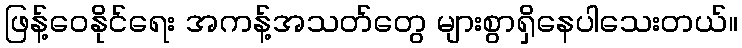
ဖြန့်ဝေနိုင်ရေး အကန့်အသတ်တွေ များစွာရှိနေပါသေးတယ်။